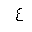
Letter: _ayn